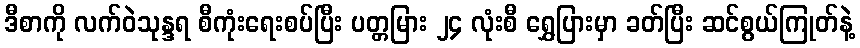
ဒီစာကို လက်ဝဲသုန္ဒရ စီကုံးရေးစပ်ပြီး ပတ္တမြား ၂၄ လုံးစီ ရွှေပြားမှာ ခတ်ပြီး ဆင်စွယ်ကြုတ်နဲ့